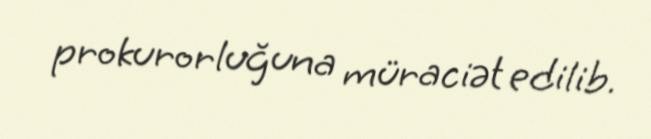
prokurorluğuna müraciət edilib.